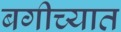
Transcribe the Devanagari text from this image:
बगीच्यात